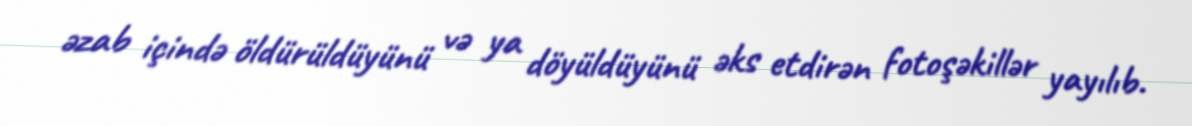
əzab içində öldürüldüyünü və ya döyüldüyünü əks etdirən fotoşəkillər yayılıb.